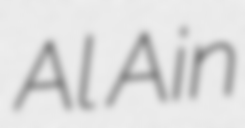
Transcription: Al Ain